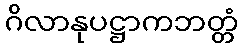
ဂိလာနုပဋ္ဌာကဘတ္တံ